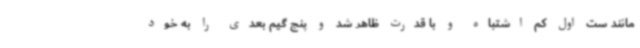
مانند ست اول کم اشتباه و با قدرت ظاهر شد و پنج گیم بعدی را به خود